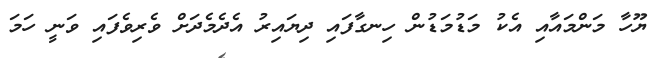
ޔޫހާ މަންމައާއި އެކު މަޑުމަޑުން ހިނގާފައި ދިޔައިރު އެދެމެދަށް ވެރިވެފައި ވަނީ ހަމަ